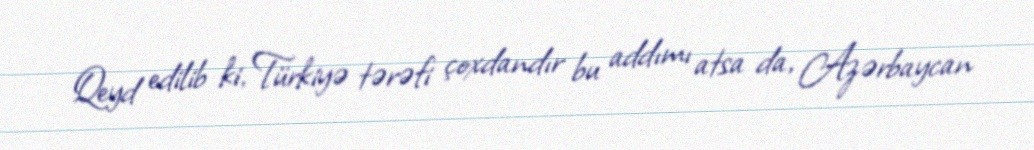
Qeyd edilib ki, Türkiyə tərəfi çoxdandır bu addımı atsa da, Azərbaycan